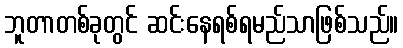
ဘူတာတစ်ခုတွင် ဆင်းနေရစ်ရမည်သာဖြစ်သည်။